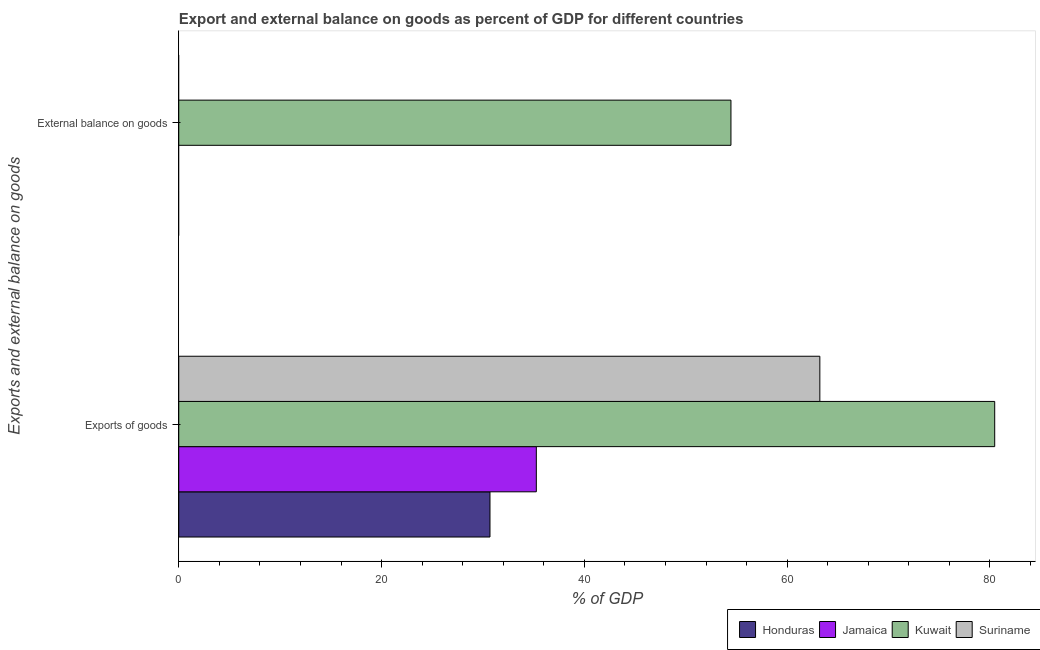
| Exports and external balance on goods | Honduras | Jamaica | Kuwait | Suriname |
 | --- | --- | --- | --- | --- |
 | Exports of goods | 30.7 | 35.3 | 80.5 | 63.2 |
 | External balance on goods | -8.99 | -10.3 | 54.5 | -5.7 |